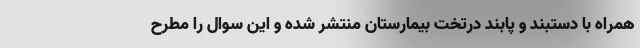
همراه با دستبند و پابند درتخت بیمارستان منتشر شده و این سوال را مطرح